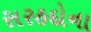
સરહદોના